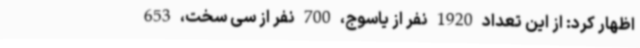
اظهار کرد: از این تعداد 1920 نفر از یاسوج، 700 نفر از سی سخت، 653